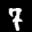
Label: 7